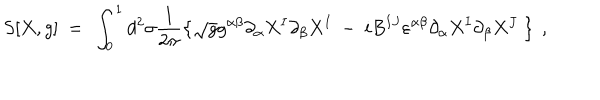
S [ X , g ] \ = \ \int _ { 0 } ^ { 1 } d ^ { 2 } \sigma \frac { 1 } { 2 \pi } \left\{ \sqrt { g } g ^ { \alpha \beta } \partial _ { \alpha } X ^ { I } \partial _ { \beta } X ^ { I } \ - \ i B ^ { I J } \varepsilon ^ { \alpha \beta } \partial _ { \alpha } X ^ { I } \partial _ { \beta } X ^ { J } \ \right\} \ ,